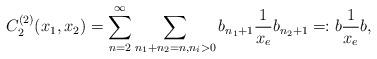
LaTeX: \begin{align*}C_2^{(2)}(x_1,x_2)=\sum_{n=2}^\infty \sum_{n_1+n_2=n,n_i>0}b_{n_1+1}\frac{1}{x_e}b_{n_2+1}=:b\frac{1}{x_e}b,\end{align*}